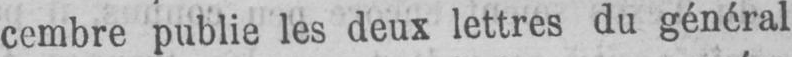
cembre publie les deux lettres du général